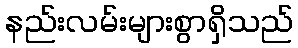
နည်းလမ်းများစွာရှိသည်